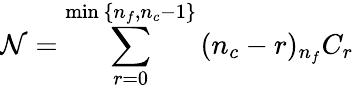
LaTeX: {\cal N}=\sum_{r=0}^{\mathrm{min}\, \{ n_{f},n_{c}-1\} }\, (n_{c}-r){}_{n_{f}}C_{r}